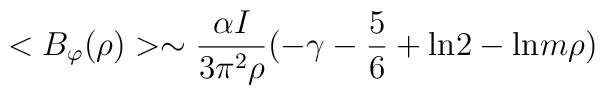
<B_{\varphi}(\rho )>\sim \frac{\alpha I}{3\pi^{2}\rho}(-\gamma -\frac{5}{6}+{\rm ln}2-{\rm ln}m\rho )